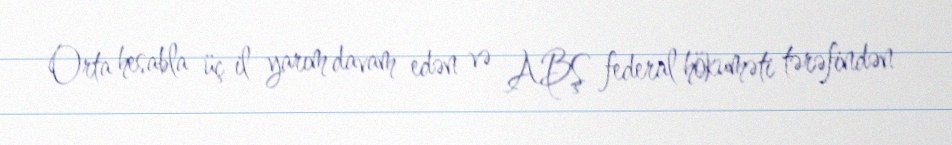
Orta hesabla üç il yarım davam edən və ABŞ federal hökuməti tərəfindən